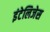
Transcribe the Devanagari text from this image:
इंटेलिजेस